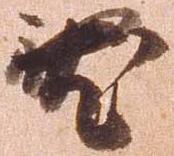
尤